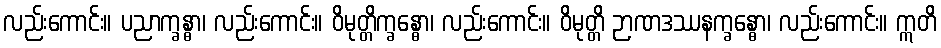
လည်းကောင်း။ ပညာက္ခန္ဓာ၊ လည်းကောင်း။ ဝိမုတ္တိက္ခန္ဓော၊ လည်းကောင်း။ ဝိမုတ္တိ ဉာဏဒဿနက္ခန္ဓော၊ လည်းကောင်း။ ဣတိ